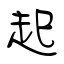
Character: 起